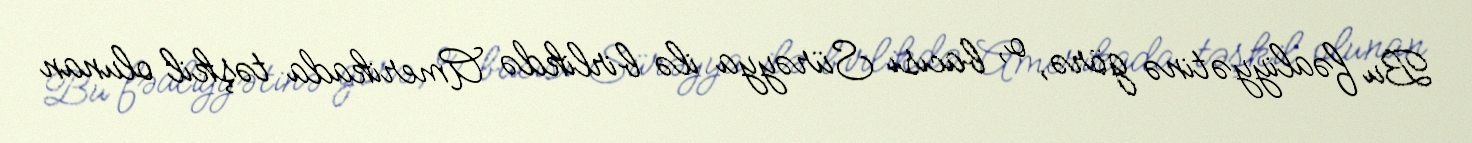
Bu fəaliyyətinə görə, o, bacısı Sürəyya ilə birlikdə Amerikada təşkil olunan